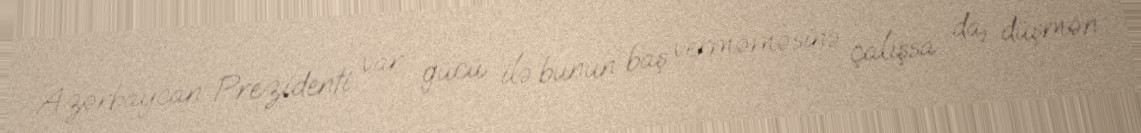
Azərbaycan Prezidenti var gücü ilə bunun baş verməməsinə çalışsa da, düşmən